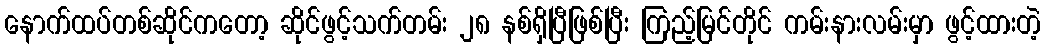
နောက်ထပ်တစ်ဆိုင်ကတော့ ဆိုင်ဖွင့်သက်တမ်း ၂၈ နစ်ရှိပြီဖြစ်ပြီး ကြည့်မြင်တိုင် ကမ်းနားလမ်းမှာ ဖွင့်ထားတဲ့